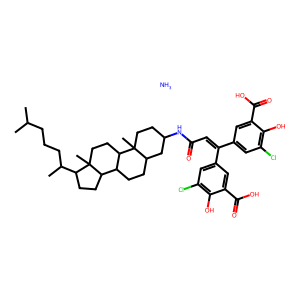
SMILES: CC(C)CCCC(C)C1CCC2C3CCC4CC(NC(=O)C=C(c5cc(Cl)c(O)c(C(=O)O)c5)c5cc(Cl)c(O)c(C(=O)O)c5)CCC4(C)C3CCC12C.N
Inhibits HIV replication: No